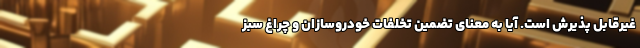
غیرقابل پذیرش است. آیا به معنای تضمین تخلفات خودروسازان و چراغ سبز